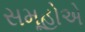
સમૂહોએ